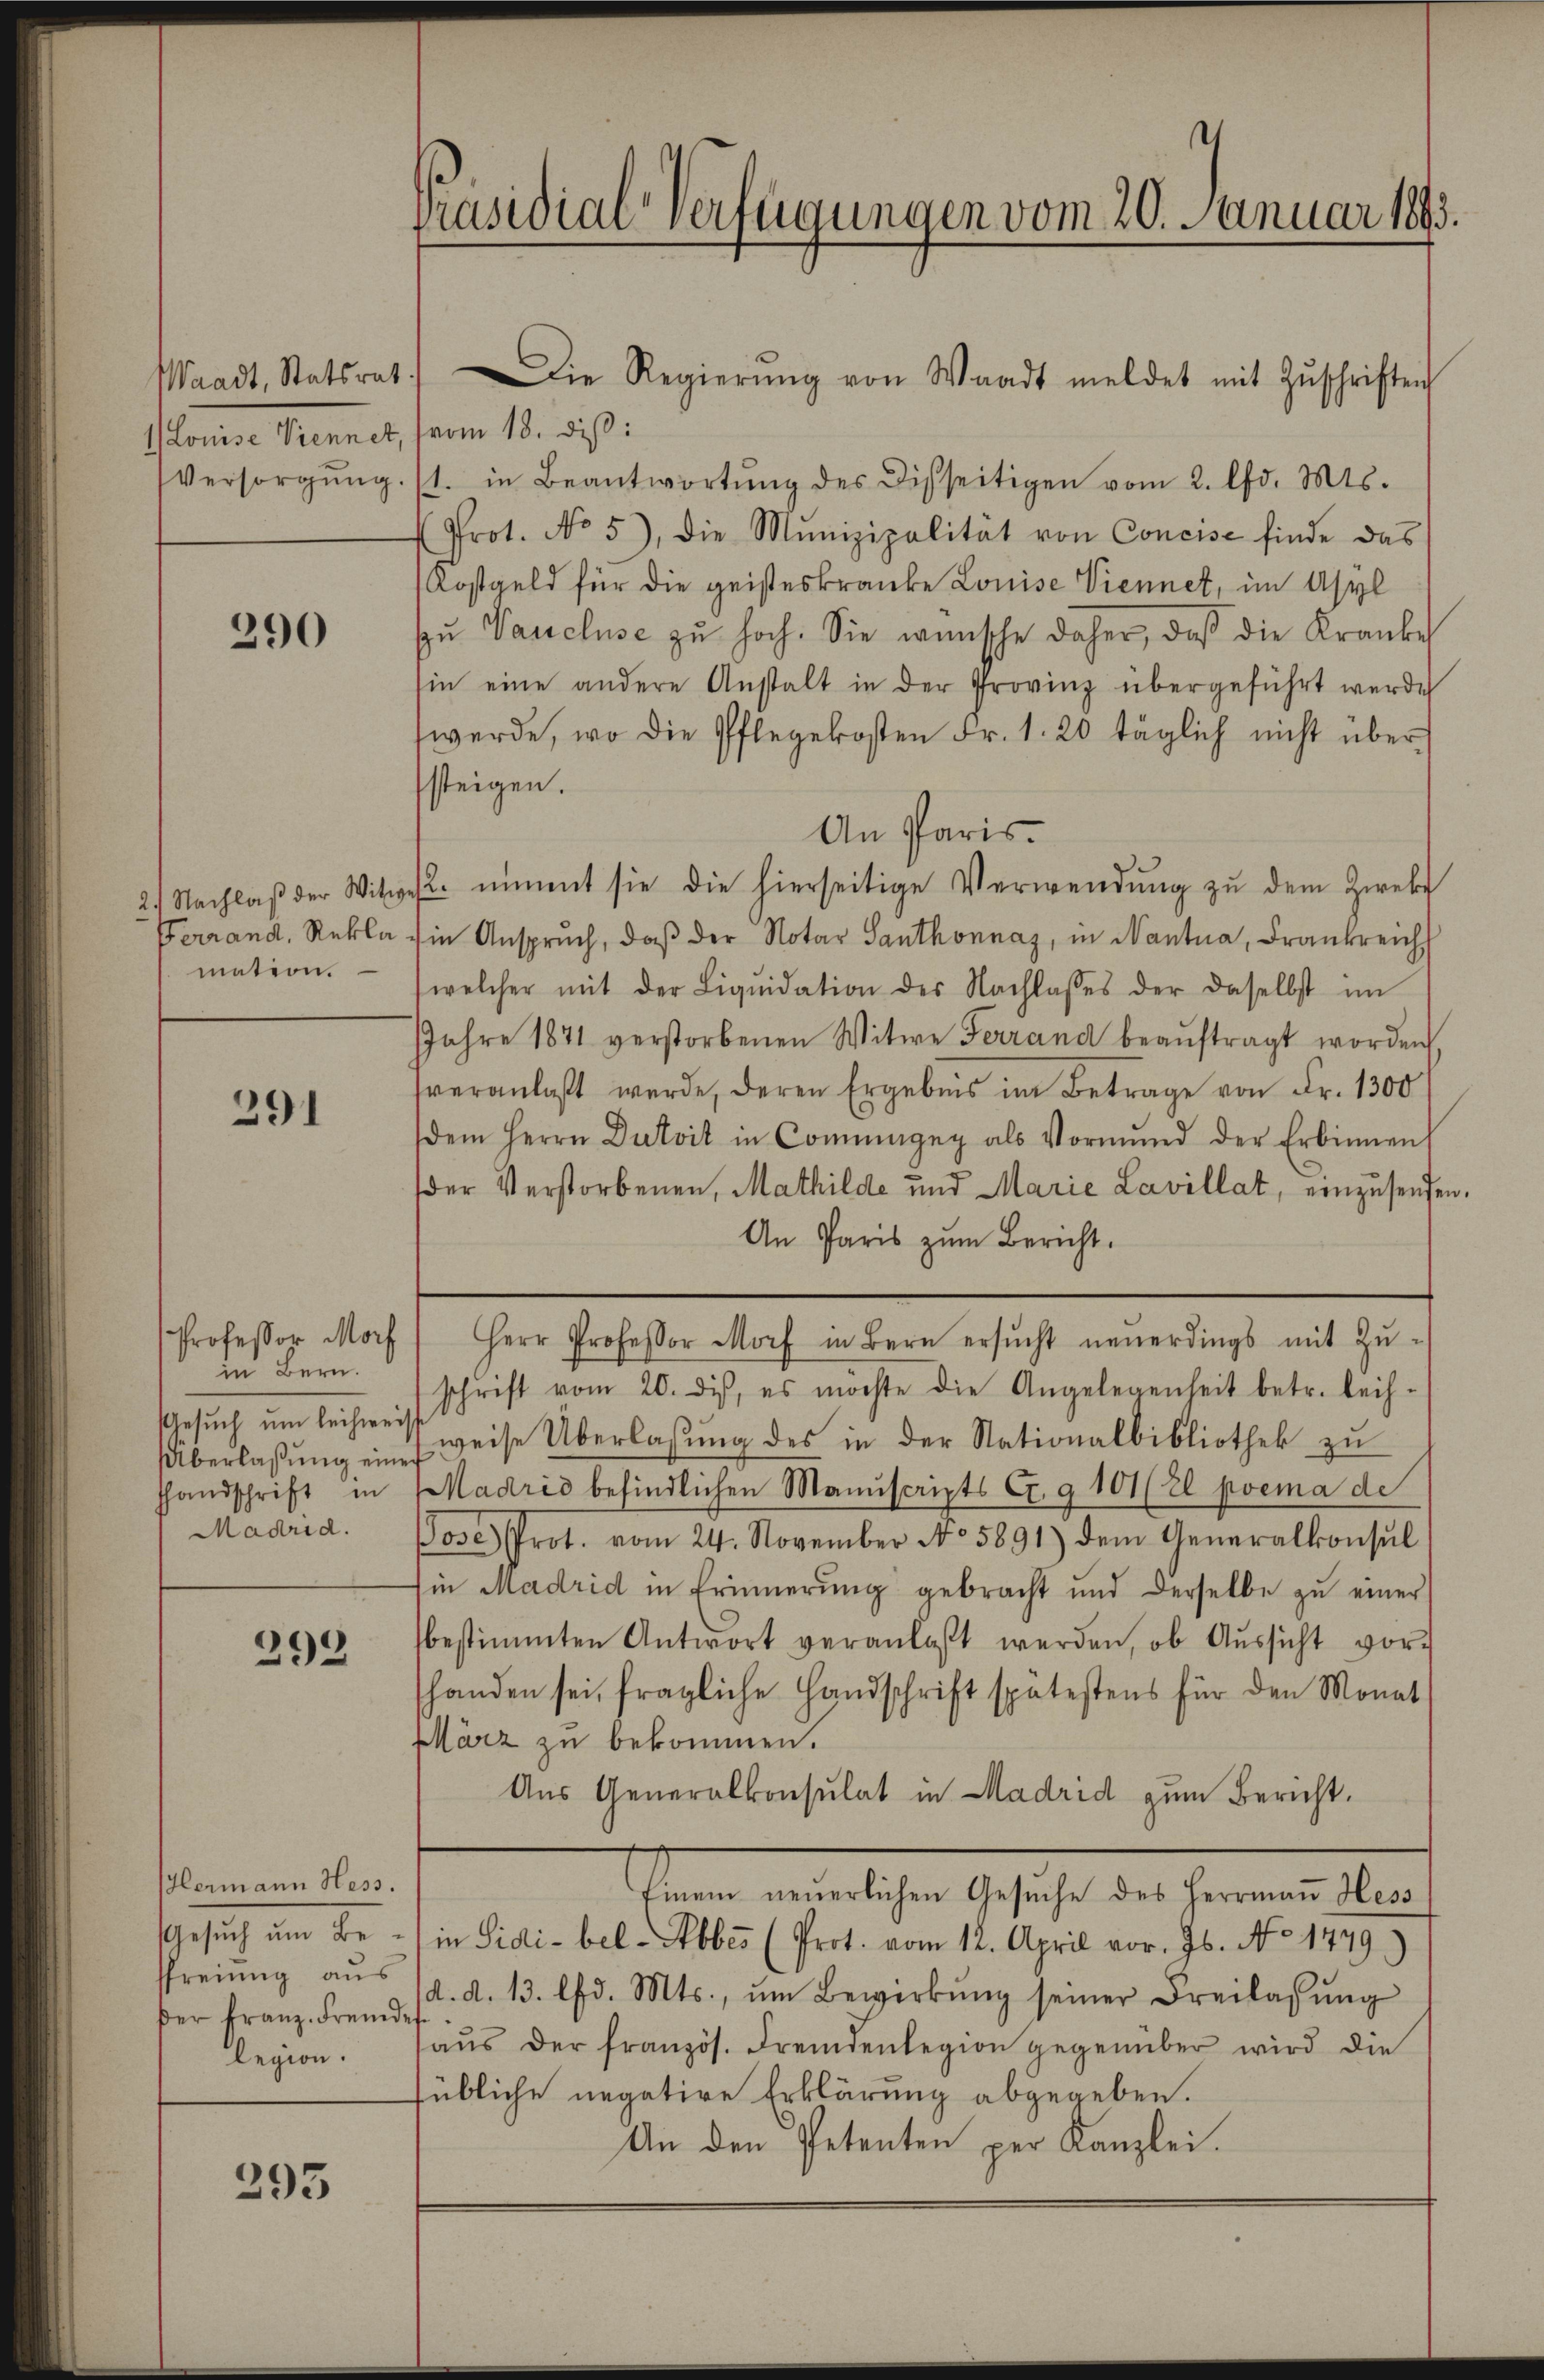
Waadt, Statsrat
1) Louise Viennet,
Versorgung

290

2.) Nachlaß der Witwe
Ferrand, Reklamation.

291

Professor Mor
in Bern.
Gesuch um leichwei
Überlaßung eine
Handschrift in
Madrid.

292

Hermann Hess.
Gesuch um Besfreiung aus
der Franz. Fremd
legion.

295

Präsidial-Verfügungen vom 20. Januar 1893.

vom 18. diβ:
1. in Beantwortŭng des Disseitigen vom 2. lfd. Mts.
Prot. No 5), die Munizipalität von Concise finde das
Kostgeld für die geisteskranke Louise Viennet, im Asyl
zŭ Vaucluse zu hoch. Sie wünsche daher, daß die Kranke
sin eine andere Anstalt in der Provinz übergeführt werde
werde, wo die Pflegekosten Fr. 1. 20 täglich nicht übersteigen.
An Paris.
. nimmt sie die hierseitige Verwendung zu dem Zweke
in Anspruch, daβ der Notar Santhonnaz, in Nantna, Frankreich
(welcher mit der Liqŭidation der Nachlasses der daselbst im
JJahre 1871 verstorbenen Witwe Ferrand beaŭftragt worden
veranlaßt werde, deren Ergebnis im Betrage von Fr. 1300
dem Herrn Dutvit in Commageg als Vormŭnd der Erbinnen
der Verstorbenen, Mathilde und Marie Lavillat, einzusenden.
An Paris zum Bericht.
Herr Professor Morf in Bern ersŭcht neuerdings mit Zŭ-
schrift vom 20. dis, es möchte die Angelegenheit betr. Leih-
weise Überlassung des in der Nationalbibliothek zu
Madrid befindlichen Manuscripts Ct. § 101 (2l prema de
ose Prot. vom 24. November No 5891) dem Generalkonsul
Ein Madrid in Erinnerung gebracht und derselbe zu einer
bestimmten Antwort veranlaßt werden, ob Aŭssicht vor-
shanden sei, fragliche Handschrift spätestens für den Monat
März zu bekommen.
Aus Generalkonsulat in Madrid zum Bericht.
Einem neuerlichen Gesŭche des Herrmaṅ Hess
in Sidi-bel-Abbes (Prot. vom 12. April vor. Js. No 1779.)
d. d. 13. lfd. Mts., ŭm Bewirkŭng seiner Freilassŭng
aŭs der französ. Fremdenlegion gegenüber wird die
sübliche negative Erklärung abgegeben.
An den Petenten per Kanzlei.

Die Regierŭng von Waadt meldet mit Zŭschriften